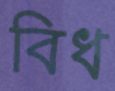
বিধ